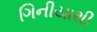
ગિનીયાથી